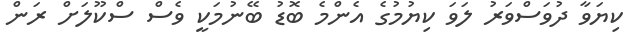
ކިޔަވާ ދުވަސްވަރު ލަވަ ކިޔުމުގެ އެންމެ ބޮޑު ބޭނުމަކީ ވެސް ސްކޫލަށް ރަން